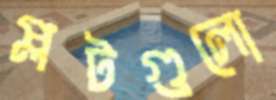
প্লটগুলো